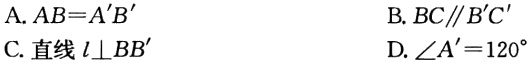
A. \(AB = A'B'\)

B. \(BC\parallel B'C'\)

C. 直线\(l\perp BB'\)

D. \(\angle A' = 120^{\circ}\)